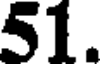
51.